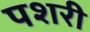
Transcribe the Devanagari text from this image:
पशरी